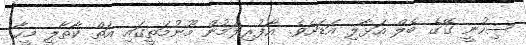
ސިހުނީ ގޭގެ ބެލް އަޅާލި އަޑަށެވެ. އާފުރިލަމުން މޫނުމަތީގައި އަތް ކާތާލީ މީހާ